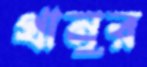
থানুর